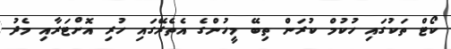
ކޯޓް ތަކުގައި ހުކުމް ކުރަން ތިބޭ މީހުންގެ އެތެރޭގައި ހުރި އޮށްޓަރާއި މެދު